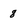
Character: 8